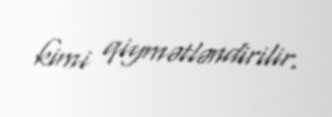
kimi qiymətləndirilir.